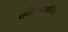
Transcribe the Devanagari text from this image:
एंजेल्समधिल